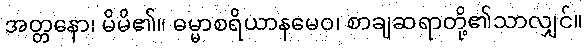
အတ္တနော၊ မိမိ၏။ ဓမ္မာစရိယာနမေဝ၊ စာချဆရာတို့၏သာလျှင်။